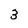
Character: 3